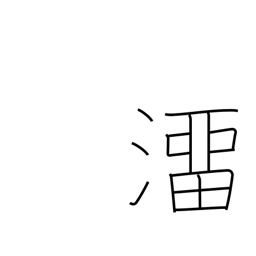
Meaning: slip